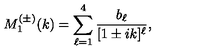
M _ { 1 } ^ { ( \pm ) } ( k ) = \sum _ { \ell = 1 } ^ { 4 } \frac { b _ { \ell } } { [ 1 \pm i k ] ^ { \ell } } ,